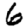
Digit: 6